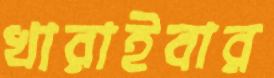
খারাইবার